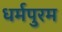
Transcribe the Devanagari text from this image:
धर्मपुरम